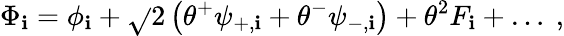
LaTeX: \Phi_{\mathbf{i}}=\phi_{\mathbf{i}}+\sqrt{}{{2}}\left(\theta^{+}\psi_{+,\mathbf{i}}+\theta^{-}\psi_{-,\mathbf{i}}\right)+\theta^{2}F_{\mathbf{i}}+\ldots\ ,